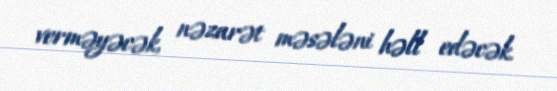
verməyəcək, nəzarət məsələni həll edəcək.